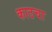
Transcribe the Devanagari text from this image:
काठचा